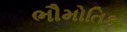
ભૌમોતિક